Statistical return of the lunatic asylum in Assam - 1912-1932
Year: 1912
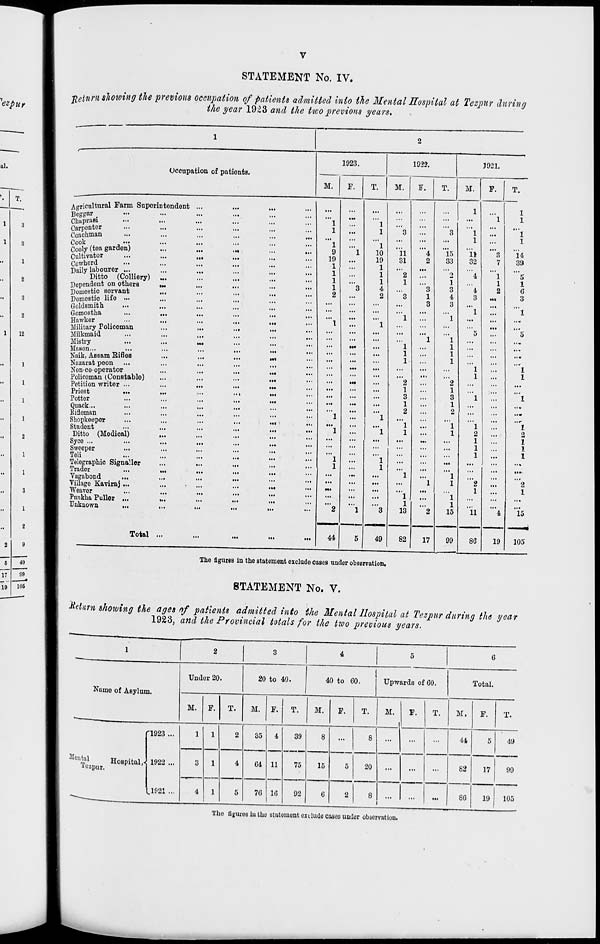
STATEMENT No. IV.
VctuM showing the previous occupation of patients admitted into the Mental Hospital at Tczpur during
the year 1923 and the two previous years.
Occupation of patients.
1923.
M.
F.
T.
1932.
M.
F.
T.
1921.
M.
Agricultural Farm Superintendent
Beggar
ChapraBi
Carpont°r
Coachman
Cook
•••
Cooly (tea garden)
Cultivator
Cowherd
Daily labourer ...
Ditto (Colliery) ...
Dependent on others
IM
Domestic servant
Domostic life •••
Goldsmith
Gomostha
•••
...
Hawker
•••
•••
Military Policeman
Milkmaid
Mistry
Mason...
# •■•
Naik, Assam Rifles
Nazarat peon
Non-co-operator
Policoman (Constable)
Petition writer ...
Priest
•••
•••
Potter
Quack...
Eifleman
Shopkeeper
Student
Ditto (Medical)
Syce ...
Sweeper
■••
Teli
Telegraphic Signaller
Trader
...
...
Vagabond
...
Village Kaviraj ...
Weaver
Punkha Puller ...
...
Unknown
...
...
Total ...
...
...
...
...
...
■M
■ ••
...
...
...
...
...
...
...
...
...
...
...
...
...
Ml
...
...
...
...
...
...
...
»•
...
...
...
...
...
...
...
...
...
...
...
>■•
...
...
...
...
...
...
...
...
...
...
...
...
...
1..
• ■•
• ••
1
1
"l
9
19
1
1
1
1
2
44
1
1
"l
10
19
1
1
1
4
2
11
31
"*2
1
"3
'"l
1
1
13
49
82
17
15
33
o
1
3
4
3
2
1
3
1
2
"l
1
1
1
"l
1
15
P.
1
1
h
32
11
99
86
1
1
1
1
"U
39
"5
1
G
3
'"l
"5
I
1
19
1
2
1
1
1
2
1
15
105
The figures in the statement exclude coses under observation.
STATEMENT No. V.
■Return showing the ages of patients admitted into the Mental Hospital at Tezpur during the year
1923, and the Provincial totals for the two previous years.
1
2
3
4
5
6
Name of Asylum.
Undor 20.
20 to 40.
40 to 60.
Upwards of 60.
Total.
M. F.
T.
M. F.
T.
M.
F.
T.
M.
F.
T.
M.
F.
T.
"1923 ...
1922 ...
1.1921 ...
1
1
2
35
4
39
8
...
1 ... | ...
...
U
5
49
Me "tal
Hospital,-
iozpur.
3
1
4
G4 11
75
15
5
20
...
...
82
17
99
^___
4
1
5
70 16
no
6
2
8
>
...
86
19
105
The figures iu the statement exclude cases under observation.